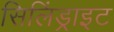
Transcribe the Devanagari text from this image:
सिलिंड्राइट